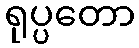
ရုပ္ပတော